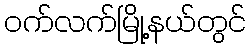
ဝက်လက်မြို့နယ်တွင်